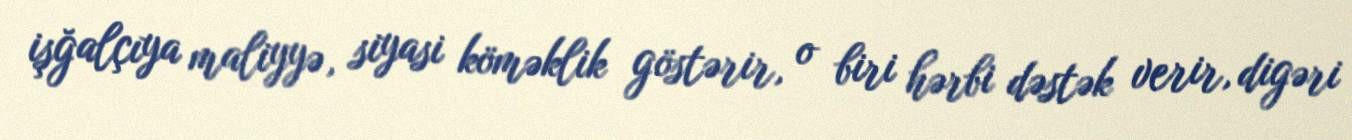
işğalçıya maliyyə, siyasi köməklik göstərir, o biri hərbi dəstək verir, digəri